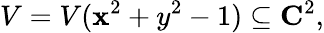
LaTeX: V=V(\mathbf{x}^{2}+y^{2}-1)\subseteq\mathbf{{C}}^{2},